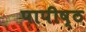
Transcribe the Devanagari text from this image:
पापीष्ठ